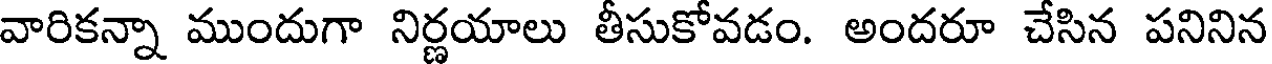
వారికన్నా ముందుగా నిర్ణయాలు తీసుకోవడం. అందరూ చేసిన పనినిన